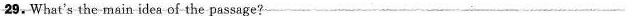
29.What's the main idea of the passage?